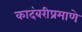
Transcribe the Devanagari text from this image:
कादंबरीप्रमाणे